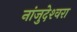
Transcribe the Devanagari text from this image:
नांजुदेश्‍वरा